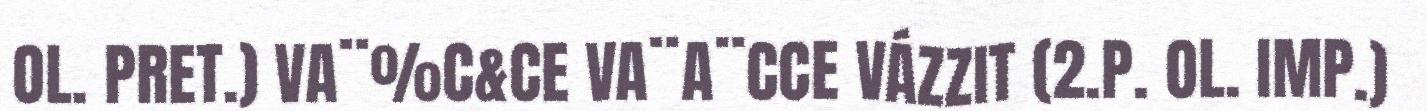
OL. PRET.) VA¨%C&CE VA¨A¨CCE VÁZZIT (2.P. OL. IMP.)